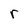
Character: r